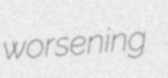
worsening